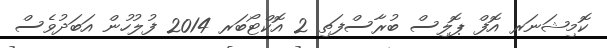
ކޮމިޝަނަރ އޮފް ޕޮލިސް ބުރާސްފަތި 2 އޮކްޓޯބަރ 2014 ފުލުހުން އަބަދުވެސް